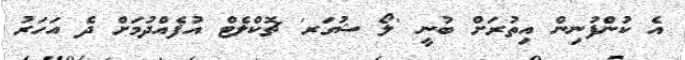
އެ ކުންފުނިން އިތުރަށް ބުނީ 'ލޯ ޝުގަރ' ޗޮކްލެޓް އުފެއްދުމަށް ދެ އަހަރު